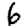
Digit: 6